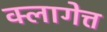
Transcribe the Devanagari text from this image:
क्लागेत्त